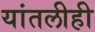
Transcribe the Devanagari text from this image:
यांतलीही